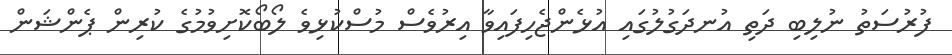
ފުރުސަތު ނުލިބި ދަތި އުނދަގުލުގައި އުޅެންޖެހިފައިވާ އިރުވެސް މުސްކުޅިވެ ލޯބޯކޮށިވުމުގެ ކުރިން ޕެންޝަން